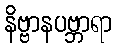
နိဗ္ဗာနပဗ္ဘာရာ